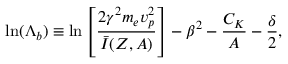
\mathrm { l n } ( \Lambda _ { b } ) \equiv \mathrm { l n } \left[ \frac { 2 { \gamma } ^ { 2 } m _ { e } v _ { p } ^ { 2 } } { \bar { I } ( Z , A ) } \right] - { \beta } ^ { 2 } - \frac { C _ { K } } { A } - \frac { \delta } { 2 } ,